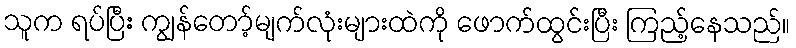
သူက ရပ်ပြီး ကျွန်တော့်မျက်လုံးများထဲကို ဖောက်ထွင်းပြီး ကြည့်နေသည်။